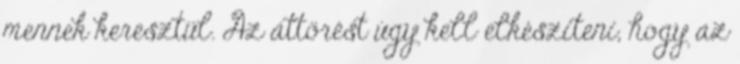
mennek keresztül. Az áttörést úgy kell elkészíteni, hogy az